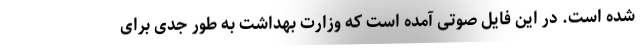
شده است. در این فایل صوتی آمده است که وزارت بهداشت به طور جدی برای